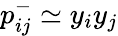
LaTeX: p_{ij}^{-}\simeq y_{i}y_{j}